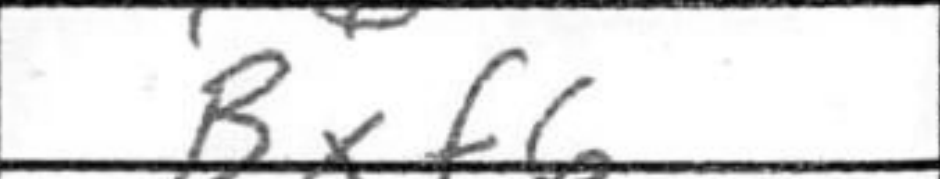
Transcription: Bxf6